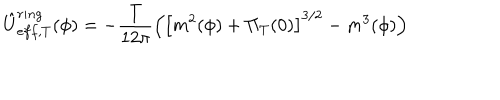
LaTeX: \hat { U } _ { e f f , T } ^ { r i n g } ( \phi ) = - \frac T { 1 2 \pi } \left( \left[ m ^ { 2 } ( \phi ) + \Pi _ { T } ( 0 ) \right] ^ { 3 / 2 } - m ^ { 3 } ( \phi ) \right)